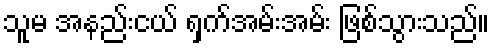
သူမ အနည်းငယ် ရှက်အမ်းအမ်း ဖြစ်သွားသည်။